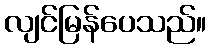
လျင်မြန်ပေသည်။